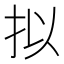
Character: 拟